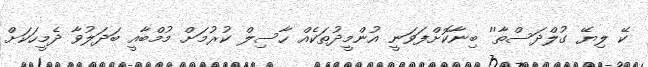
ކޭ ލިޔޭ ގުލްދަސްތާ'' ބިނާކޮށްފަވަނީ އުންމީދުތަކެއް ހާސިލް ކުރުމަށް މުމްބާއީ ބަދަލުވާ ދެމީހަކަށް